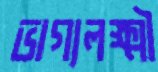
ভাগ্যলক্ষ্মী